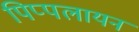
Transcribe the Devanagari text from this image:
पिप्पलायन